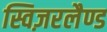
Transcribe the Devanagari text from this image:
स्विज़रलैण्ड